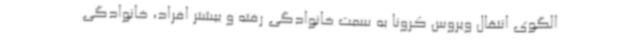
الگوی انتقال ویروس کرونا به سمت خانوادگی رفته و بیشتر افراد، خانوادگی